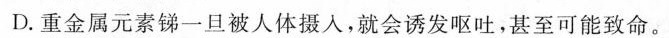
D.重金属元素锑一旦被人体摄人，就会诱发呕吐，甚至可能致命。